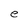
Character: e